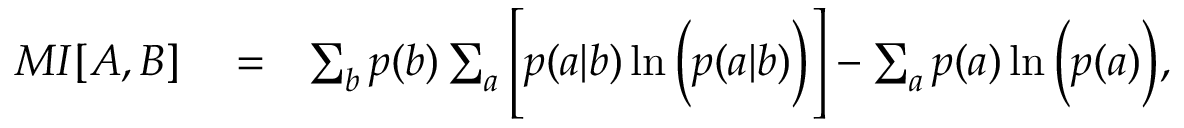
\begin{array} { r l r } { { M I } [ A , B ] } & { { } = } & { \sum _ { b } p ( b ) \sum _ { a } \Bigg [ p ( a | b ) \ln \Big ( p ( a | b ) \Big ) \Bigg ] - \sum _ { a } p ( a ) \ln \Big ( p ( a ) \Big ) , } \end{array}